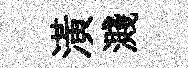
潢濺